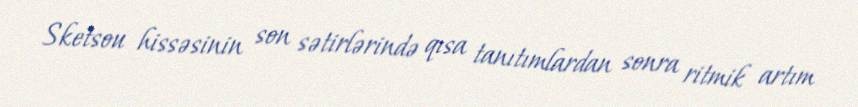
Sketsou hissəsinin son sətirlərində qısa tanıtımlardan sonra ritmik artım